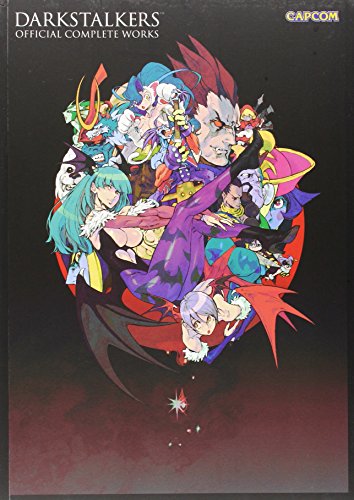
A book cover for Darkstalkers: Official Complete Works; Arts & Photography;